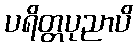
ပရိတ္တပုညာပိ